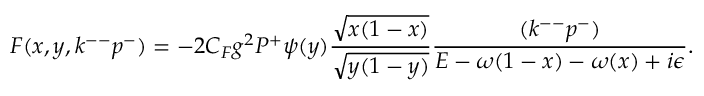
F ( x , y , k ^ { -- } p ^ { - } ) = - 2 C _ { F } g ^ { 2 } P ^ { + } \psi ( y ) { \frac { \sqrt { x ( 1 - x ) } } { \sqrt { y ( 1 - y ) } } } { \frac { ( k ^ { -- } p ^ { - } ) } { { \cal E } - \omega ( 1 - x ) - \omega ( x ) + i \epsilon } } .